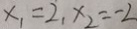
x _ { 1 } = 2 , x _ { 2 } = - 2